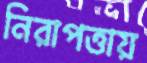
নিরাপত্তায়